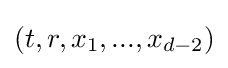
(t,r,x_{1},...,x_{d-2})